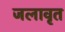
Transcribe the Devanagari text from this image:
जलावृत